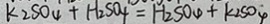
k _ { 2 } S O _ { 4 } + H _ { 2 } S O _ { 4 } = H _ { 2 } S O _ { 4 } + k _ { 2 } S O _ { 4 }